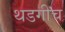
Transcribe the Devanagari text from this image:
थडगीच